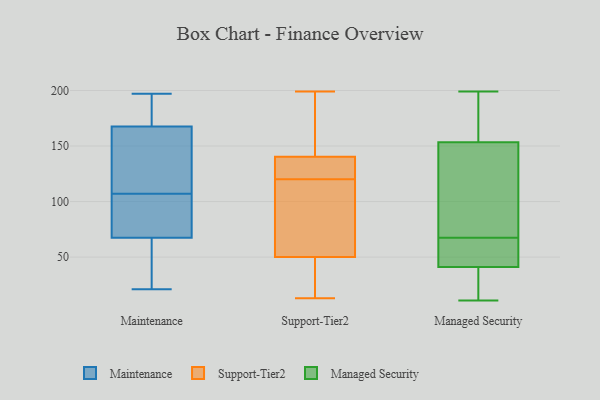
{"axis": {"x": "Waste Production (Tons)", "y": "Value"}, "legend": ["Maintenance", "Managed Security", "Support-Tier2"], "data": [{"x": "", "y": 158, "type": "Maintenance"}, {"x": "", "y": 103, "type": "Maintenance"}, {"x": "", "y": 52, "type": "Maintenance"}, {"x": "", "y": 192, "type": "Maintenance"}, {"x": "", "y": 197, "type": "Maintenance"}, {"x": "", "y": 100, "type": "Maintenance"}, {"x": "", "y": 72, "type": "Maintenance"}, {"x": "", "y": 107, "type": "Maintenance"}, {"x": "", "y": 166, "type": "Maintenance"}, {"x": "", "y": 123, "type": "Maintenance"}, {"x": "", "y": 168, "type": "Maintenance"}, {"x": "", "y": 196, "type": "Maintenance"}, {"x": "", "y": 57, "type": "Maintenance"}, {"x": "", "y": 23, "type": "Maintenance"}, {"x": "", "y": 21, "type": "Maintenance"}, {"x": "", "y": 116, "type": "Maintenance"}, {"x": "", "y": 89, "type": "Maintenance"}, {"x": "", "y": 169, "type": "Maintenance"}, {"x": "", "y": 66, "type": "Maintenance"}, {"x": "", "y": 159, "type": "Support-Tier2"}, {"x": "", "y": 121, "type": "Support-Tier2"}, {"x": "", "y": 42, "type": "Support-Tier2"}, {"x": "", "y": 149, "type": "Support-Tier2"}, {"x": "", "y": 199, "type": "Support-Tier2"}, {"x": "", "y": 120, "type": "Support-Tier2"}, {"x": "", "y": 89, "type": "Support-Tier2"}, {"x": "", "y": 141, "type": "Support-Tier2"}, {"x": "", "y": 123, "type": "Support-Tier2"}, {"x": "", "y": 138, "type": "Support-Tier2"}, {"x": "", "y": 45, "type": "Support-Tier2"}, {"x": "", "y": 115, "type": "Support-Tier2"}, {"x": "", "y": 13, "type": "Support-Tier2"}, {"x": "", "y": 65, "type": "Support-Tier2"}, {"x": "", "y": 17, "type": "Support-Tier2"}, {"x": "", "y": 71, "type": "Managed Security"}, {"x": "", "y": 108, "type": "Managed Security"}, {"x": "", "y": 25, "type": "Managed Security"}, {"x": "", "y": 64, "type": "Managed Security"}, {"x": "", "y": 36, "type": "Managed Security"}, {"x": "", "y": 147, "type": "Managed Security"}, {"x": "", "y": 199, "type": "Managed Security"}, {"x": "", "y": 46, "type": "Managed Security"}, {"x": "", "y": 197, "type": "Managed Security"}, {"x": "", "y": 11, "type": "Managed Security"}, {"x": "", "y": 160, "type": "Managed Security"}, {"x": "", "y": 60, "type": "Managed Security"}]}